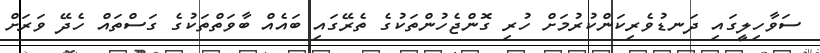
ސަވާހިލީގައި ދަނޑުވެރިކަންކުރުމަށް ހުރި ގޮންޖެހުންތަކުގެ ތެރޭގައި ބައެއް ބާވަތްތަކުގެ ގަސްތައް ހެދޭ ވަރަށް